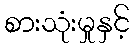
စားသုံးမှုနှင့်